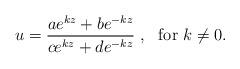
LaTeX: \begin{align*}u = \frac{ae^{kz} + be^{-kz}}{ce^{kz} + de^{-kz}}~,~\mbox{ for } k \neq 0.\end{align*}